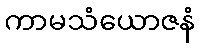
ကာမသံယောဇနံ